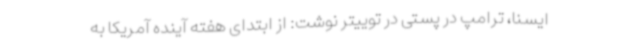
ایسنا، ترامپ در پستی در توییتر نوشت: از ابتدای هفته آینده آمریکا به